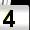
Digit: 4